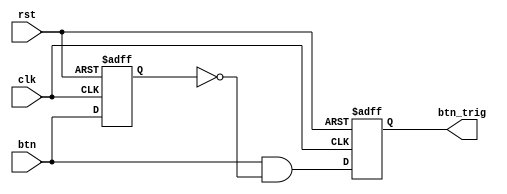
`timescale 1ns / 1ps
//////////////////////////////////////////////////////////////////////////////////
// Company: 
// Engineer: 
// 
// Design Name: 
// Module Name: oneshot_universal
// Project Name: 
// Target Devices: 
// Tool Versions: 
// Description: 
// 
// Dependencies: 
// 
// Revision:
// Revision 0.01 - File Created
// Additional Comments:
// 
//////////////////////////////////////////////////////////////////////////////////


module oneshot_universal(clk, rst, btn, btn_trig);

parameter WIDTH = 1;
input clk, rst;
input [WIDTH-1:0] btn;
reg [WIDTH-1:0] btn_reg;
output reg [WIDTH-1:0] btn_trig;

always @(negedge rst or posedge clk) begin
    if(!rst) begin
        btn_reg <= {WIDTH{1'b0}};
        btn_trig <= {WIDTH{1'b0}};
    end
    else begin
        btn_reg <= btn;
        btn_trig <= btn & ~btn_reg;
    end
end

endmodule